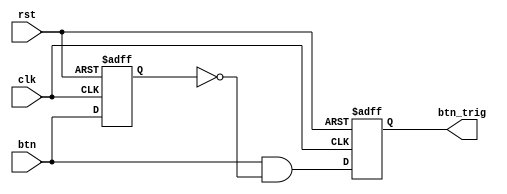
`timescale 1ns / 1ps
//////////////////////////////////////////////////////////////////////////////////
// Company: 
// Engineer: 
// 
// Design Name: 
// Module Name: oneshot_universal
// Project Name: 
// Target Devices: 
// Tool Versions: 
// Description: 
// 
// Dependencies: 
// 
// Revision:
// Revision 0.01 - File Created
// Additional Comments:
// 
//////////////////////////////////////////////////////////////////////////////////


module oneshot_universal(clk, rst, btn, btn_trig);

parameter WIDTH = 1;
input clk, rst;
input [WIDTH-1:0] btn;
reg [WIDTH-1:0] btn_reg;
output reg [WIDTH-1:0] btn_trig;

always @(negedge rst or posedge clk) begin
    if(!rst) begin
        btn_reg <= {WIDTH{1'b0}};
        btn_trig <= {WIDTH{1'b0}};
    end
    else begin
        btn_reg <= btn;
        btn_trig <= btn & ~btn_reg;
    end
end

endmodule